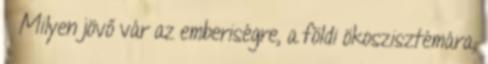
» Milyen jövő vár az emberiségre, a földi ökoszisztémára,